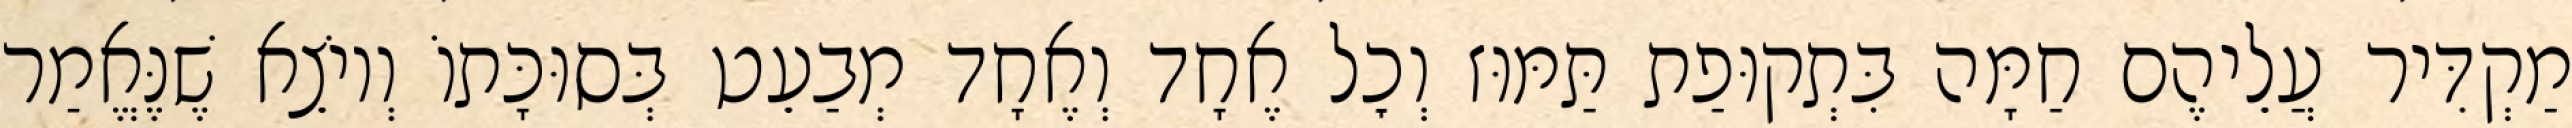
מַקְדִּיר עֲלֵיהֶם חַמָּה בִּתְקוּפַת תַּמּוּז וְכׇל אֶחָד וְאֶחָד מְבַעֵט בְּסוּכָּתוֹ וְיוֹצֵא שֶׁנֶּאֱמַר